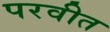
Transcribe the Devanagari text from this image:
परवीत